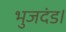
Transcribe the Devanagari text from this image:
भुजदंड।